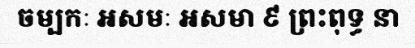
ចម្បកៈ អសមៈ អសមា ៩ ព្រះពុទ្ធ នា